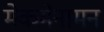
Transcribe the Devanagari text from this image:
मेकमेनामन